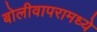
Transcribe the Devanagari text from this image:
बोलीवापरामध्ये